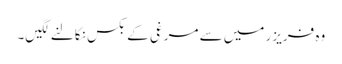
وہ فریزر میں سے مرغی کے بکس نکالنے لگیں۔